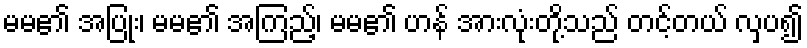
မမ၏ အပြုံး၊ မမ၏ အကြည့်၊ မမ၏ ဟန် အားလုံးတို့သည် တင့်တယ် လှပ၍